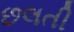
છલતી